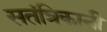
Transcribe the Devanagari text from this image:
सतंत्रिकानी